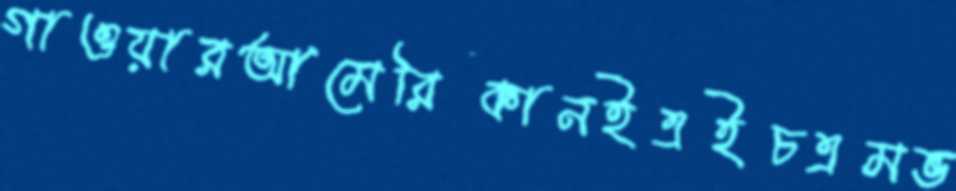
গাওয়ারআমেরিকানইএইচএমভ